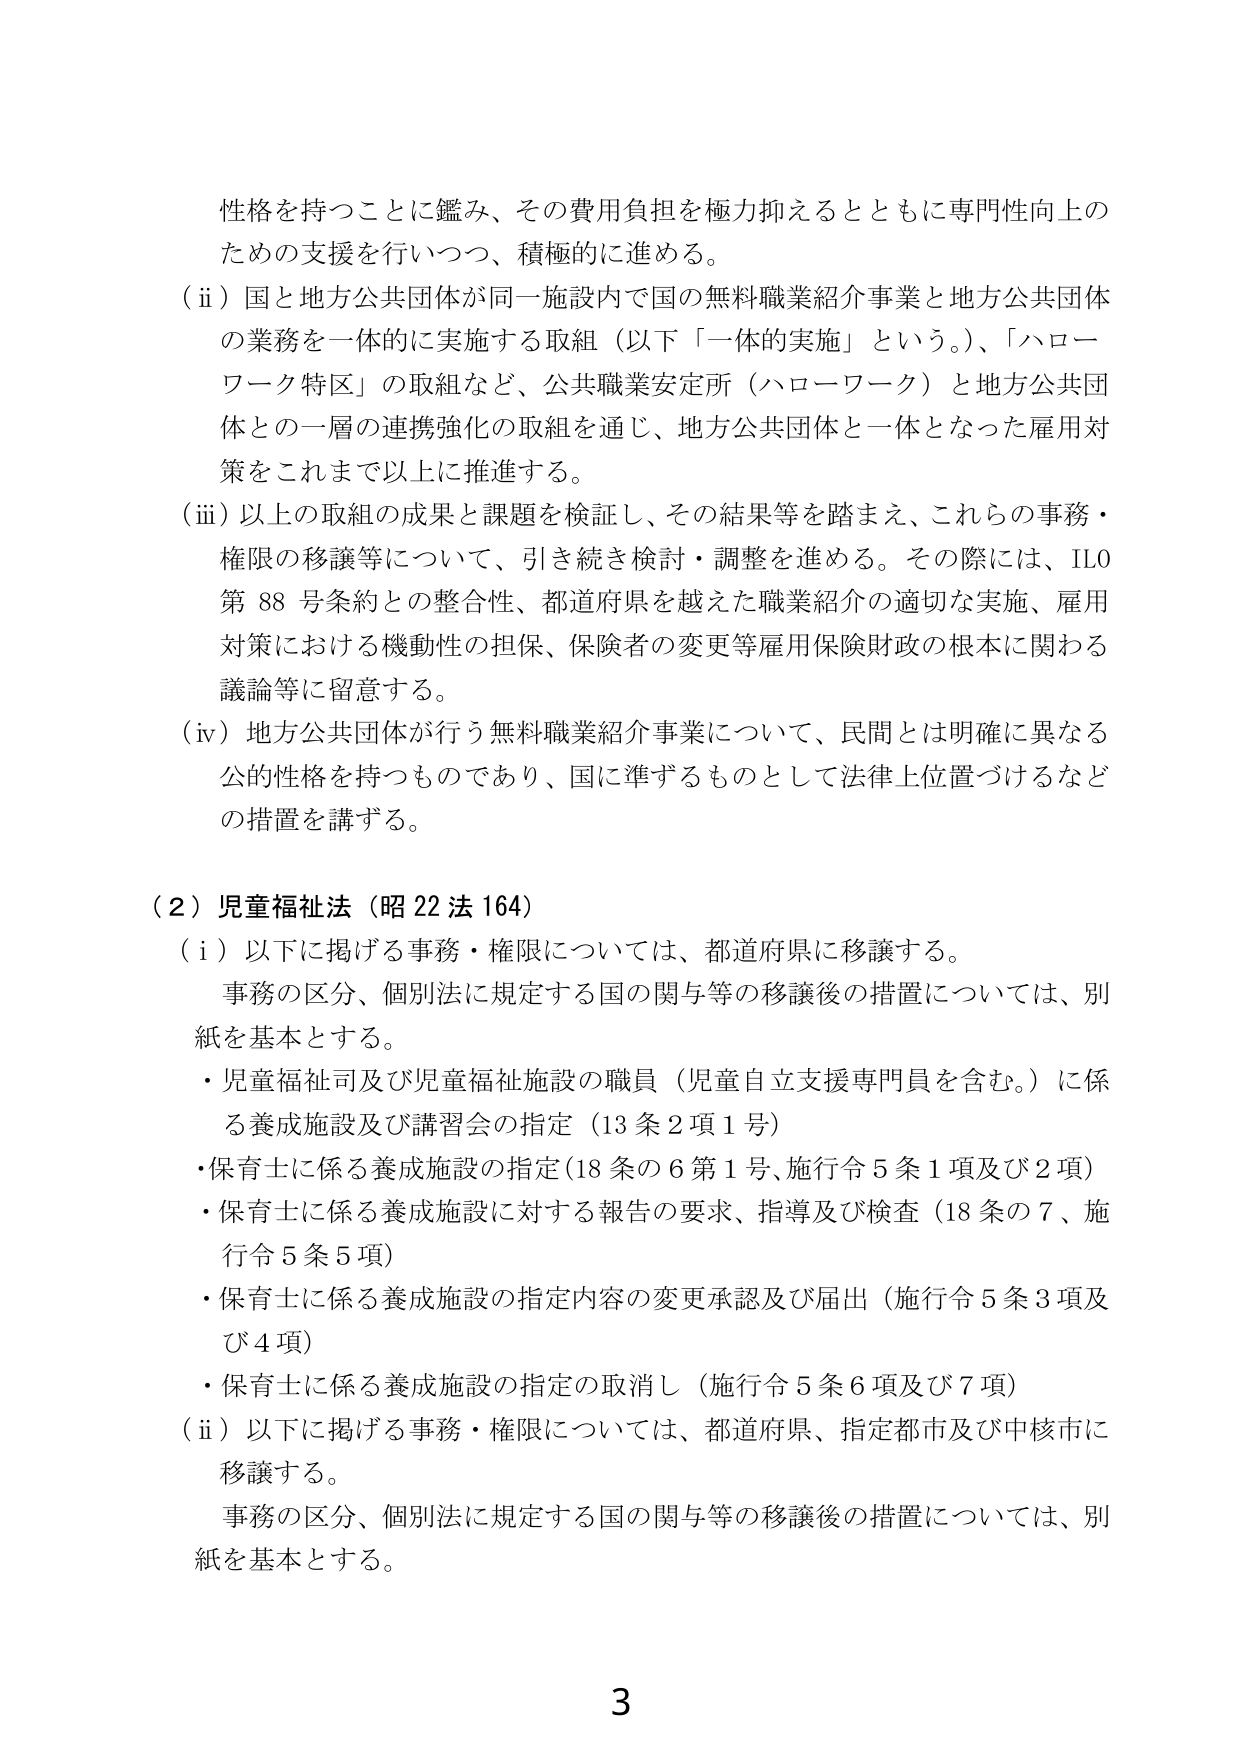
性格を持つことに鑑み、その費用負担を極力抑えるとともに専門性向上のための支援を行いつつ、積極的に進める。

（ⅱ）国と地方公共団体が同一施設内で国の無料職業紹介事業と地方公共団体の業務を一体的に実施する取組（以下「一体的実施」という。）、「ハローワーク特区」の取組など、公共職業安定所（ハローワーク）と地方公共団体との一層の連携強化の取組を通じ、地方公共団体と一体となった雇用対策をこれまで以上に推進する。

（ⅲ）以上の取組の成果と課題を検証し、その結果等を踏まえ、これらの事務・権限の移譲等について、引き続き検討・調整を進める。その際には、ILO第88号条約との整合性、都道府県を越えた職業紹介の適切な実施、雇用対策における機動性の担保、保険者の変更等雇用保険財政の根本に関わる議論等に留意する。

（ⅳ）地方公共団体が行う無料職業紹介事業について、民間とは明確に異なる公的性格を持つものであり、国に準ずるものとして法律上位置づけるなどの措置を講ずる。

（２）児童福祉法（昭22法164）

（ⅰ）以下に掲げる事務・権限については、都道府県に移譲する。

事務の区分、個別法に規定する国の関与等の移譲後の措置については、別紙を基本とする。

・児童福祉司及び児童福祉施設の職員（児童自立支援専門員を含む。）に係る養成施設及び講習会の指定（13条2項1号）

・保育士に係る養成施設の指定（18条の6第1号、施行令5条1項及び2項）

・保育士に係る養成施設に対する報告の要求、指導及び検査（18条の7、施行令5条5項）

・保育士に係る養成施設の指定内容の変更承認及び届出（施行令5条3項及び4項）

・保育士に係る養成施設の指定の取消し（施行令5条6項及び7項）

（ⅱ）以下に掲げる事務・権限については、都道府県、指定都市及び中核市に移譲する。

事務の区分、個別法に規定する国の関与等の移譲後の措置については、別紙を基本とする。

3